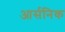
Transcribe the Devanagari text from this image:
आर्सनिक